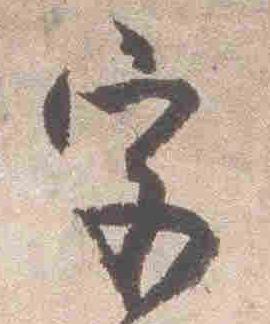
宮